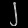
Digit: ၂